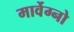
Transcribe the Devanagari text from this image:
मार्वेग्नो